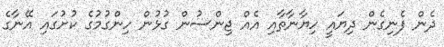
ދެން ފެނިގެން ދިޔައީ ހިޔާނާތާއި އެއް ޖިންސުން ގުޅުން ހިންގުމުގެ ކުށުގައި އޭނާގެ